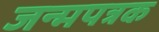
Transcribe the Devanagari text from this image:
जन्मपत्रक